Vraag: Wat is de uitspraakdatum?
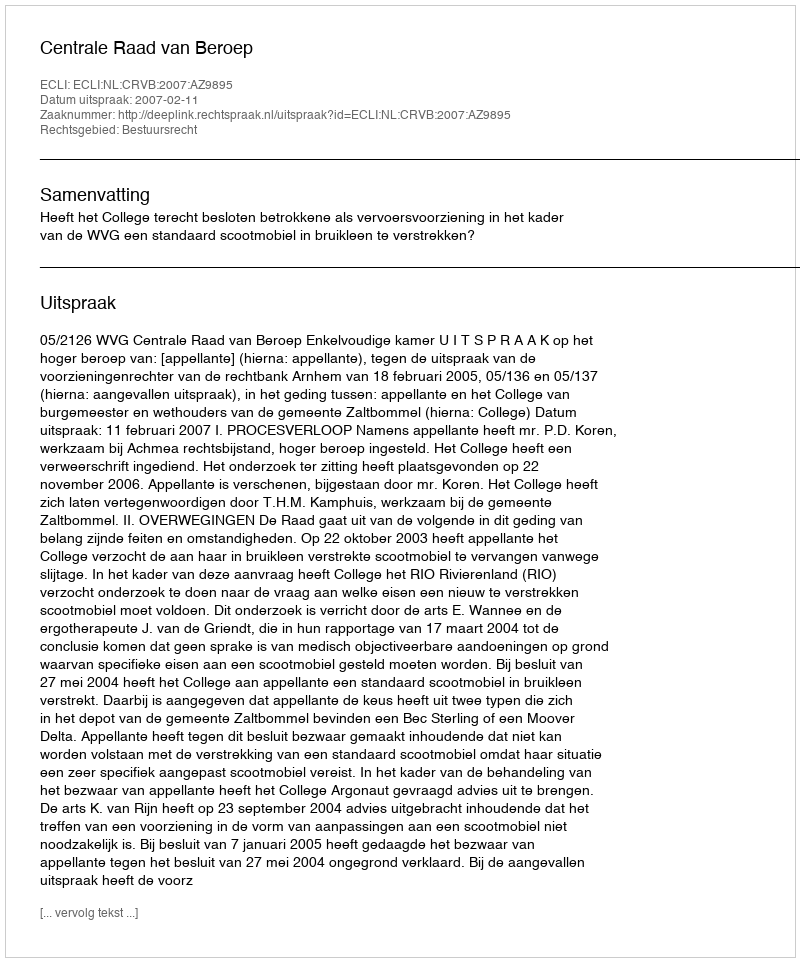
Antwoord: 2007-02-11